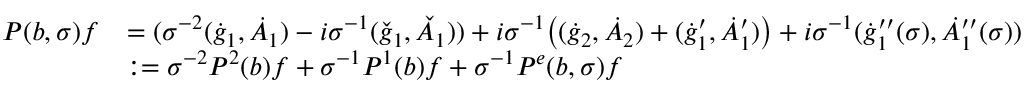
\begin{array} { r l } { P ( b , \sigma ) f } & { = ( \sigma ^ { - 2 } ( \dot { g } _ { 1 } , \dot { A } _ { 1 } ) - i \sigma ^ { - 1 } ( \check { g } _ { 1 } , \check { A } _ { 1 } ) ) + i \sigma ^ { - 1 } \big ( ( \dot { g } _ { 2 } , \dot { A } _ { 2 } ) + ( \dot { g } _ { 1 } ^ { \prime } , \dot { A } _ { 1 } ^ { \prime } ) \big ) + i \sigma ^ { - 1 } ( \dot { g } _ { 1 } ^ { \prime \prime } ( \sigma ) , \dot { A } _ { 1 } ^ { \prime \prime } ( \sigma ) ) } \\ & { : = \sigma ^ { - 2 } P ^ { 2 } ( b ) f + \sigma ^ { - 1 } P ^ { 1 } ( b ) f + \sigma ^ { - 1 } P ^ { e } ( b , \sigma ) f } \end{array}